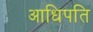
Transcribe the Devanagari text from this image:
आधिपति